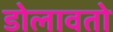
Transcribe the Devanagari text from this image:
डोलावतो